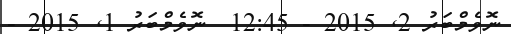
ނޮވެމްބަރު 2